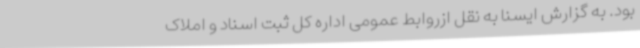
بود. به گزارش ایسنا به نقل ازروابط عمومی اداره کل ثبت اسناد و املاک